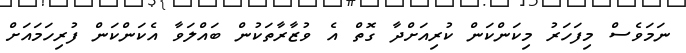
ނަމަވެސް މިފަހަރު މިކަންކަން ކުރިއަށްދާ ގޮތް އެ ވުޒާރާތަކުން ބައްލަވާ އެކަންކަން ފުރިހަމައަށް